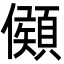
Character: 䫛